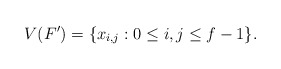
\begin{align*} V(F') = \{ x_{i,j} : 0 \leq i, j \leq f-1 \}.\end{align*}